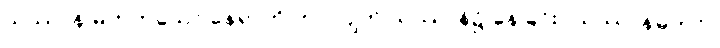
သုဿာန် မဟုတ်သော နေရာကို ကပ်လျက် သုဿာန်၌ နေခြင်း (သုဿာန်ဓုတင်)